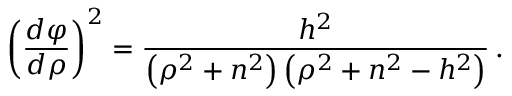
\left( { \frac { d \varphi } { d \rho } } \right) ^ { 2 } = { \frac { h ^ { 2 } } { \left( \rho ^ { 2 } + n ^ { 2 } \right) \left( \rho ^ { 2 } + n ^ { 2 } - h ^ { 2 } \right) } } \, .